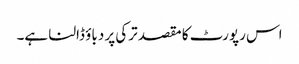
اس رپورٹ کا مقصد ترکی پر دباؤ ڈالنا ہے۔